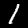
Label: 1